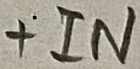
Text: +IN